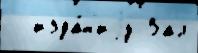
  изда́н'иjу Зал